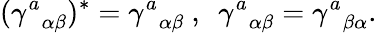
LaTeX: ({\gamma^{a}}_{\alpha\beta})^{\ast}={\gamma^{a}}_{\alpha\beta}\ ,\ \ {\gamma^{a}}_{\alpha\beta}={\gamma^{a}}_{\beta\alpha}.